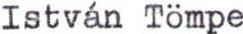
István Tömpe